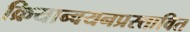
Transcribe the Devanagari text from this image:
क्रियान्वयनप्रस्तावित